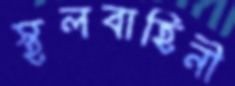
স্থলবাহিনী